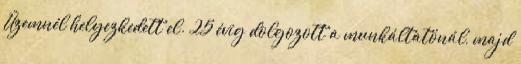
Üzemnél helyezkedett el. 25 évig dolgozott a munkáltatónál, majd